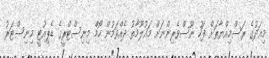
މިއަދުގެ ރަސްމިއްޔާތަށް ފަހު ނޫސްވެރިންނަށް މައުލޫމާތު ދެއްވަމުން ހޯމް މިނިސްޓްރީގެ ޑެޕިއުޓީ މިނިސްޓަރު